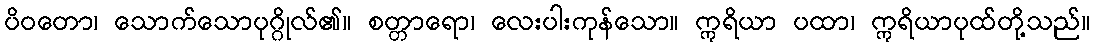
ပိဝတော၊ သောက်သောပုဂ္ဂိုလ်၏။ စတ္တာရော၊ လေးပါးကုန်သော။ ဣရိယာ ပထာ၊ ဣရိယာပုထ်တို့သည်။